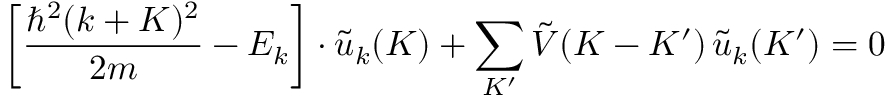
\left[ { \frac { \hbar ^ { 2 } ( k + K ) ^ { 2 } } { 2 m } } - E _ { k } \right] \cdot { \tilde { u } } _ { k } ( K ) + \sum _ { K ^ { \prime } } { \tilde { V } } ( K - K ^ { \prime } ) \, { \tilde { u } } _ { k } ( K ^ { \prime } ) = 0